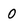
Character: 0